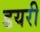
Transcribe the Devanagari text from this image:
डयरी